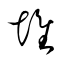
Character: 堆